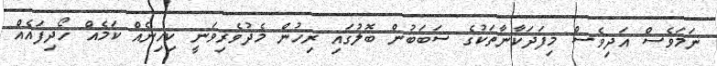
ނަމަވެސް އަދިވެސް މިފަދަކާނާތަކުގެ ސަބަބުން ބޮލުގައި ރިހުން މެދުވެރިވަނީ ކިހިނެއް ކަމެއް ހޯދިފައެއް